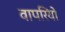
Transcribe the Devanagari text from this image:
वापरियो